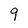
Character: 9